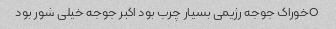
Oخوراک جوجه رژیمی بسیار چرب بود اکبر جوجه خیلی شور بود